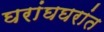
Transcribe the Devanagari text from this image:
घरांघघरांत